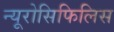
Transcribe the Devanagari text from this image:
न्यूरोसिफिलिस